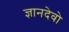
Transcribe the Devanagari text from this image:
ज्ञानदेवो